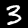
Digit: 3